Civil Veterinary Dept. Bombay admin report 1907-1913 - 1907-1913
Year: 1907
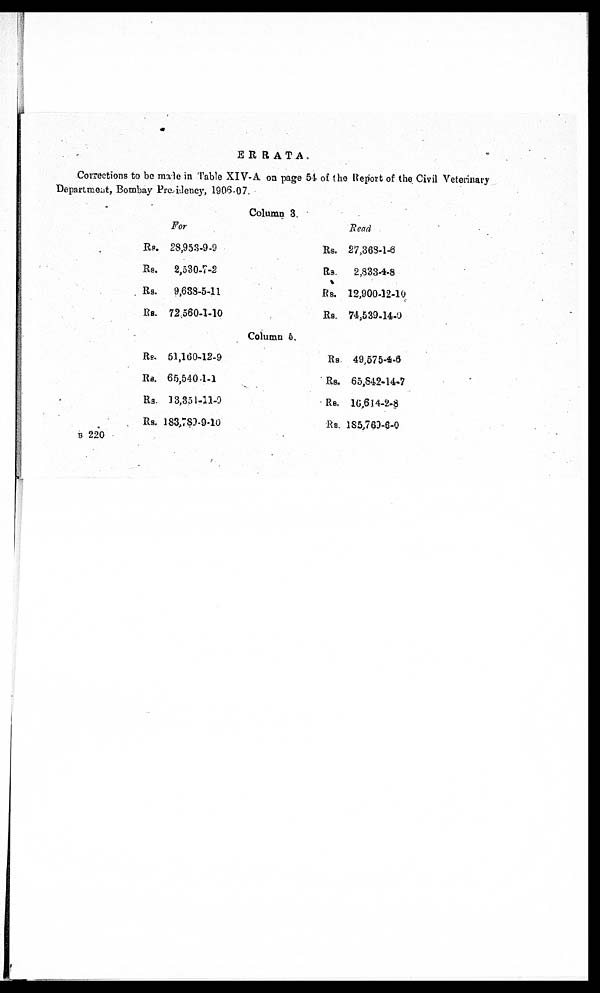
ERRATA.
Corrections to bo male in Table XIV-A on page 54 of the Report of the Civil Veterinary
Department, Bombay Presidency, 1906-07.
Column 3.
For
Rs. 28,953-9-9
Rs.
2,530-7-2
Rs.
9,688-5-11
Rs. 72,560-1-10
Head
Rs. 27,363-1-8
Rs.
2,833-4-8
Rs. 12,900-12-10
Rs. 74,539-14-0
Column 5.
Rs. 51,160-12-9
Rs. 65,540-1-1
Rs. 13,351-11-0
Rs. 183,789-9-10
Rs. 49,575-4-6
Rs. 65,842-14-7
Rs. 16,614-2-8
Rs. 185,769-6-0
B 220